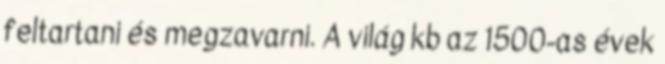
feltartani és megzavarni. A világ kb az 1500-as évek